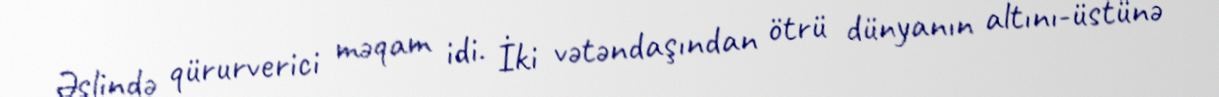
Əslində qürurverici məqam idi. İki vətəndaşından ötrü dünyanın altını-üstünə